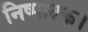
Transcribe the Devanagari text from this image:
निष्पादक।